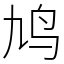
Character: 鸠